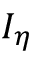
I _ { \eta }